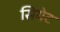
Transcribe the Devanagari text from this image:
सियेट